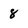
Character: 8